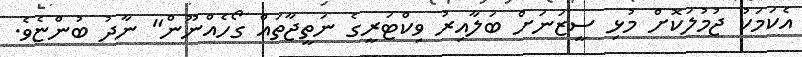
އެކަމަކު ޖުމުލަކޮށް މުޅި ސީޒަނަށް ބަލާއިރު ވިކްޓަރީގެ ނަތީޖާތައް ގޯހެއްނޫން" ނާދު ބުންޏެވެ.